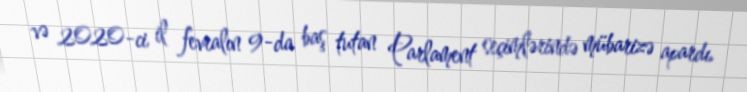
və 2020-ci il fevralın 9-da baş tutan Parlament seçimlərində mübarizə apardı.